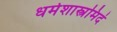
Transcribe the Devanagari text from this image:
धर्मशास्त्रमिदं